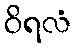
ဝိရလံ